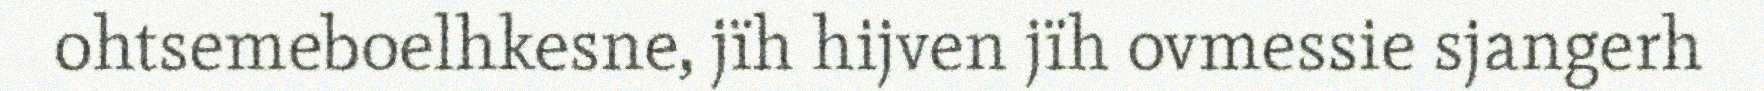
ohtsemeboelhkesne, jïh hijven jïh ovmessie sjangerh